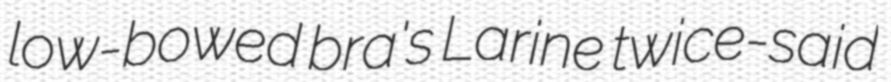
low-bowed bra's Larine twice-said